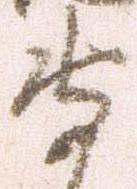
守